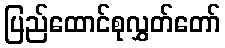
ပြည်ထောင်စုလွှတ်တော်